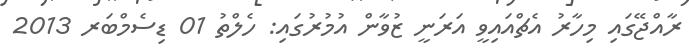
ރާއްޖޭގައި މިހާރު އެޗްއައިވީ އަރަނީ ޒުވާން އުމުރުގައި: ހެލްތު 01 ޑިސެމްބަރ 2013